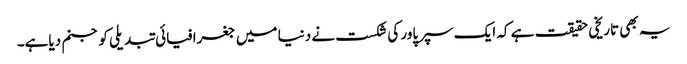
یہ بھی تاریخی حقیقت ہے کہ ایک سپرپاور کی شکست نے دنیا میں جغرافیائی تبدیلی کو جنم دیاہے۔